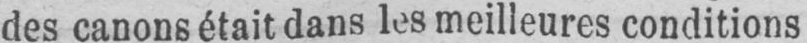
des canons était dans les meilleures conditions